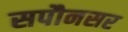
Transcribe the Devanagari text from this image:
सपौनसर